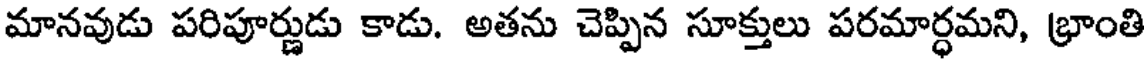
మానవుడు పరిపూర్ణుడు కాడు. అతను చెప్పిన సూక్తులు పరమార్ధమని, భ్రాంతి